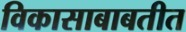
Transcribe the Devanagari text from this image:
विकासाबाबतीत